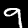
Digit: 9